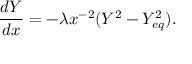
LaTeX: \frac { d Y } { d x } = - \lambda x ^ { - 2 } ( Y ^ { 2 } - Y _ { e q } ^ { 2 } ) .